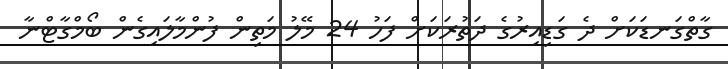
ގާތްގަނޑަކަށް ދެ ގަޑިއިރުގެ ދަތުރަކަށް ފަހު 24 މޭލު މަތިން ފުންމާލައިގެން ބޯމްގާޓްނާ